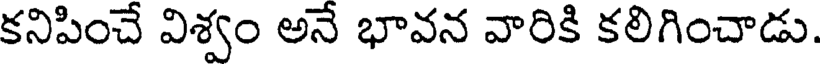
కనిపించే విశ్వం అనే భావన వారికి కలిగించాడు.